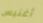
أغنيس